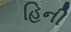
હિની